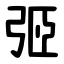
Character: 弬